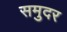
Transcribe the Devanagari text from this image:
समुदर